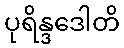
ပုရိန္ဒဒေါတိ